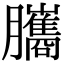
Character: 𦢿